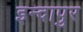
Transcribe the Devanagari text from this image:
इन्दापुर